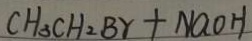
C H _ { 3 } C H _ { 2 } B r + N a O H